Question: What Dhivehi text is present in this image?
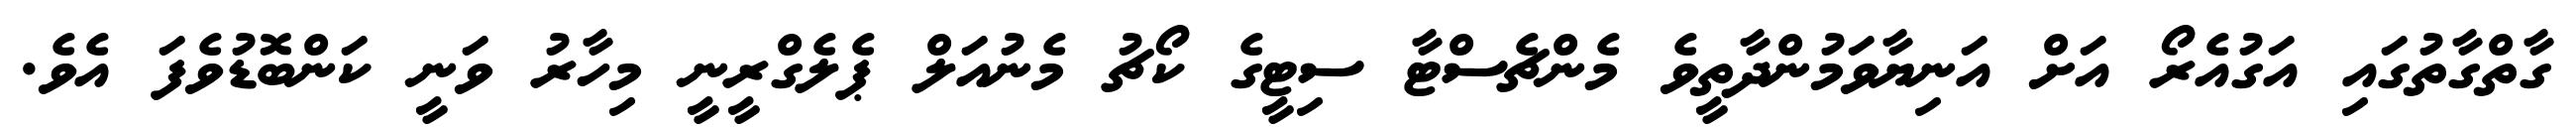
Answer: ގާތްގާތުގައި އަގުއެރޯ އަށް އަނިޔާވަމުންދާތީވެ މެންޗެސްޓާ ސިޓީގެ ކޯޗު މެނުއަލް ޕެލެގްރީނީ މިހާރު ވަނީ ކަންބޮޑުވެފަ އެވެ.